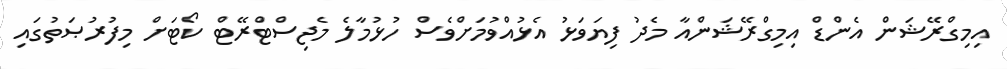
އިމިގްރޭޝަން އެންޑް އިމިގްރޭޝަންއާ މެދު ފިޔަވަޅު އެޅުއްވުމަށްވެސް ހުޅުމާލެ މެޖިސްޓްރޭޓް ކޯޓަށް މިފުރުޞަތުގައި